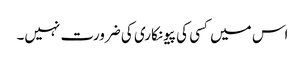
اس میں کسی کی پیونکاری کی ضرورت نہیں۔